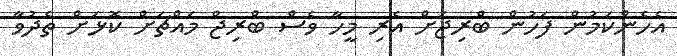
އެހެންކަމުން ފަހުން ބްރިޖަށް އެރި މީހާ ވެސް ބްރިޖް މައްޗަށް ކޮޅަށް ތެދުވާ